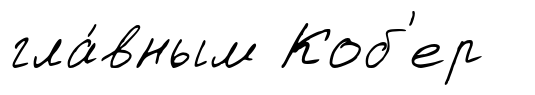
гла́вным Коб'ер